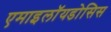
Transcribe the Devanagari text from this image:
एमाइलॉयडोसिस